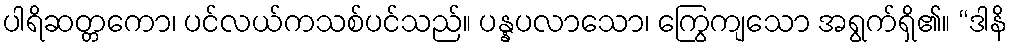
ပါရိဆတ္တကော၊ ပင်လယ်ကသစ်ပင်သည်။ ပန္နပလာသော၊ ကြွေကျသော အရွက်ရှိ၏။ “ဒါနိ